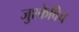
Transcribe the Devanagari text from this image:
जुश्केविच